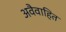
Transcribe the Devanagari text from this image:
अवैवाहित